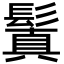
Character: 鬒